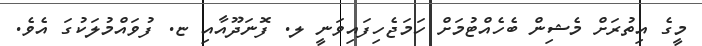
މީގެ އިތުރަށް މެޝިން ބެހެއްޓުމަށް ހަމަޖެހިފައިވަނީ ލ. ފޮނަދޫއާއި ޏ. ފުވައްމުލަކުގަ އެވެ.